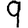
Digit: 9